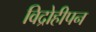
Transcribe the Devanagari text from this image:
विद्रोहीपन